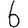
Digit: 6